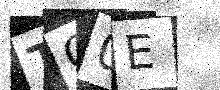
Text: TQ0E